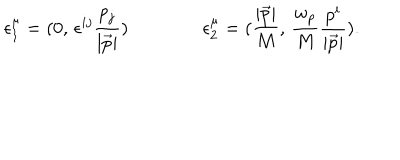
\epsilon _ { 1 } ^ { \mu } = ( 0 , \, \epsilon ^ { i j } \frac { { p } _ { j } } { | \vec { p } | } ) \qquad \qquad \epsilon _ { 2 } ^ { \mu } = ( \frac { | \vec { p } | } { M } , \, \frac { w _ { p } } { M } \frac { { p } ^ { i } } { | \vec { p } | } ) .